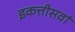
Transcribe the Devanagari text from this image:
इकत्तीसवां